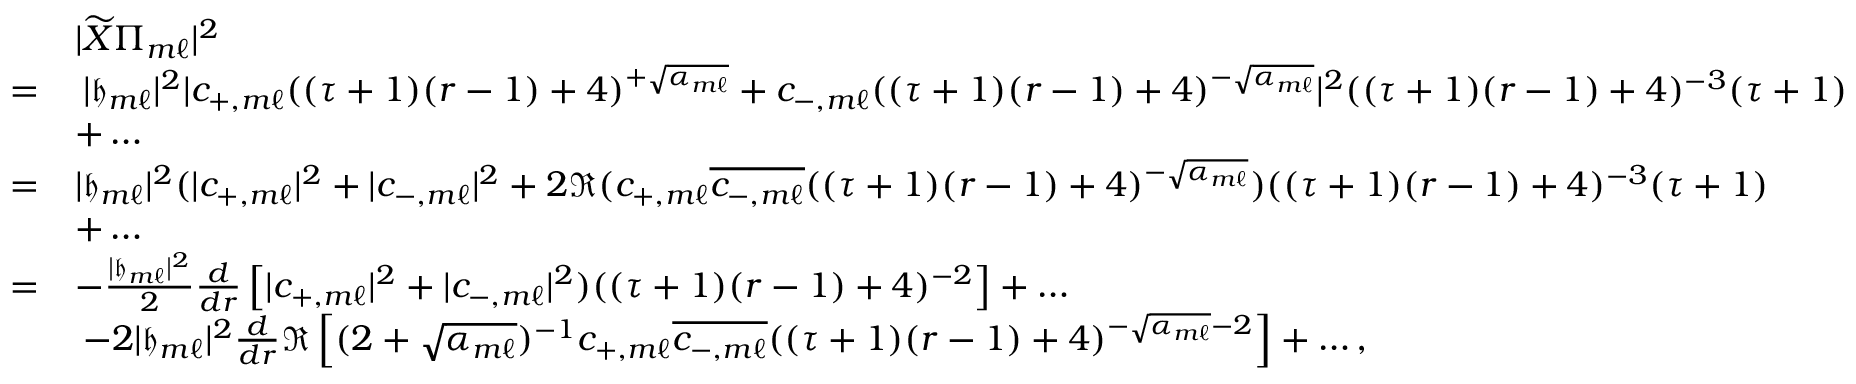
\begin{array} { r l } & { | \widetilde { X } \Pi _ { m \ell } | ^ { 2 } } \\ { = } & { \: | { \mathfrak { h } } _ { m \ell } | ^ { 2 } | c _ { + , m \ell } ( ( \tau + 1 ) ( r - 1 ) + 4 ) ^ { + \sqrt { \alpha _ { m \ell } } } + c _ { - , m \ell } ( ( \tau + 1 ) ( r - 1 ) + 4 ) ^ { - \sqrt { \alpha _ { m \ell } } } | ^ { 2 } ( ( \tau + 1 ) ( r - 1 ) + 4 ) ^ { - 3 } ( \tau + 1 ) } \\ & { + \ldots } \\ { = } & { | { \mathfrak { h } } _ { m \ell } | ^ { 2 } ( | c _ { + , m \ell } | ^ { 2 } + | c _ { - , m \ell } | ^ { 2 } + 2 \Re ( c _ { + , m \ell } \overline { { c _ { - , m \ell } } } ( ( \tau + 1 ) ( r - 1 ) + 4 ) ^ { - \sqrt { \alpha _ { m \ell } } } ) ( ( \tau + 1 ) ( r - 1 ) + 4 ) ^ { - 3 } ( \tau + 1 ) } \\ & { + \ldots } \\ { = } & { - \frac { | { \mathfrak { h } } _ { m \ell } | ^ { 2 } } { 2 } \frac { d } { d r } \left[ | c _ { + , m \ell } | ^ { 2 } + | c _ { - , m \ell } | ^ { 2 } ) ( ( \tau + 1 ) ( r - 1 ) + 4 ) ^ { - 2 } \right] + \ldots } \\ & { \: - 2 | { \mathfrak { h } } _ { m \ell } | ^ { 2 } \frac { d } { d r } \Re \left[ ( 2 + \sqrt { \alpha _ { m \ell } } ) ^ { - 1 } c _ { + , m \ell } \overline { { c _ { - , m \ell } } } ( ( \tau + 1 ) ( r - 1 ) + 4 ) ^ { - \sqrt { \alpha _ { m \ell } } - 2 } \right] + \ldots , } \end{array}